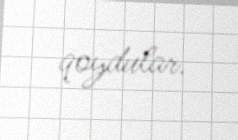
qoydular.